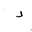
Letter: _dal